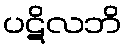
ပဋိလဘိ